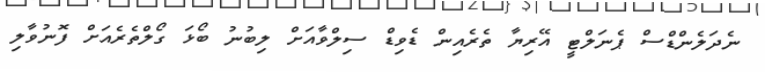
ނެދަލެންޑްސް ޕެނަލްޓީ އޭރިޔާ ތެރެއިން ޑެވިޑް ސިލްވާއަށް ލިބުނު ބޯޅަ ގޯލްތެރެއަށް ފޮނުވާލި